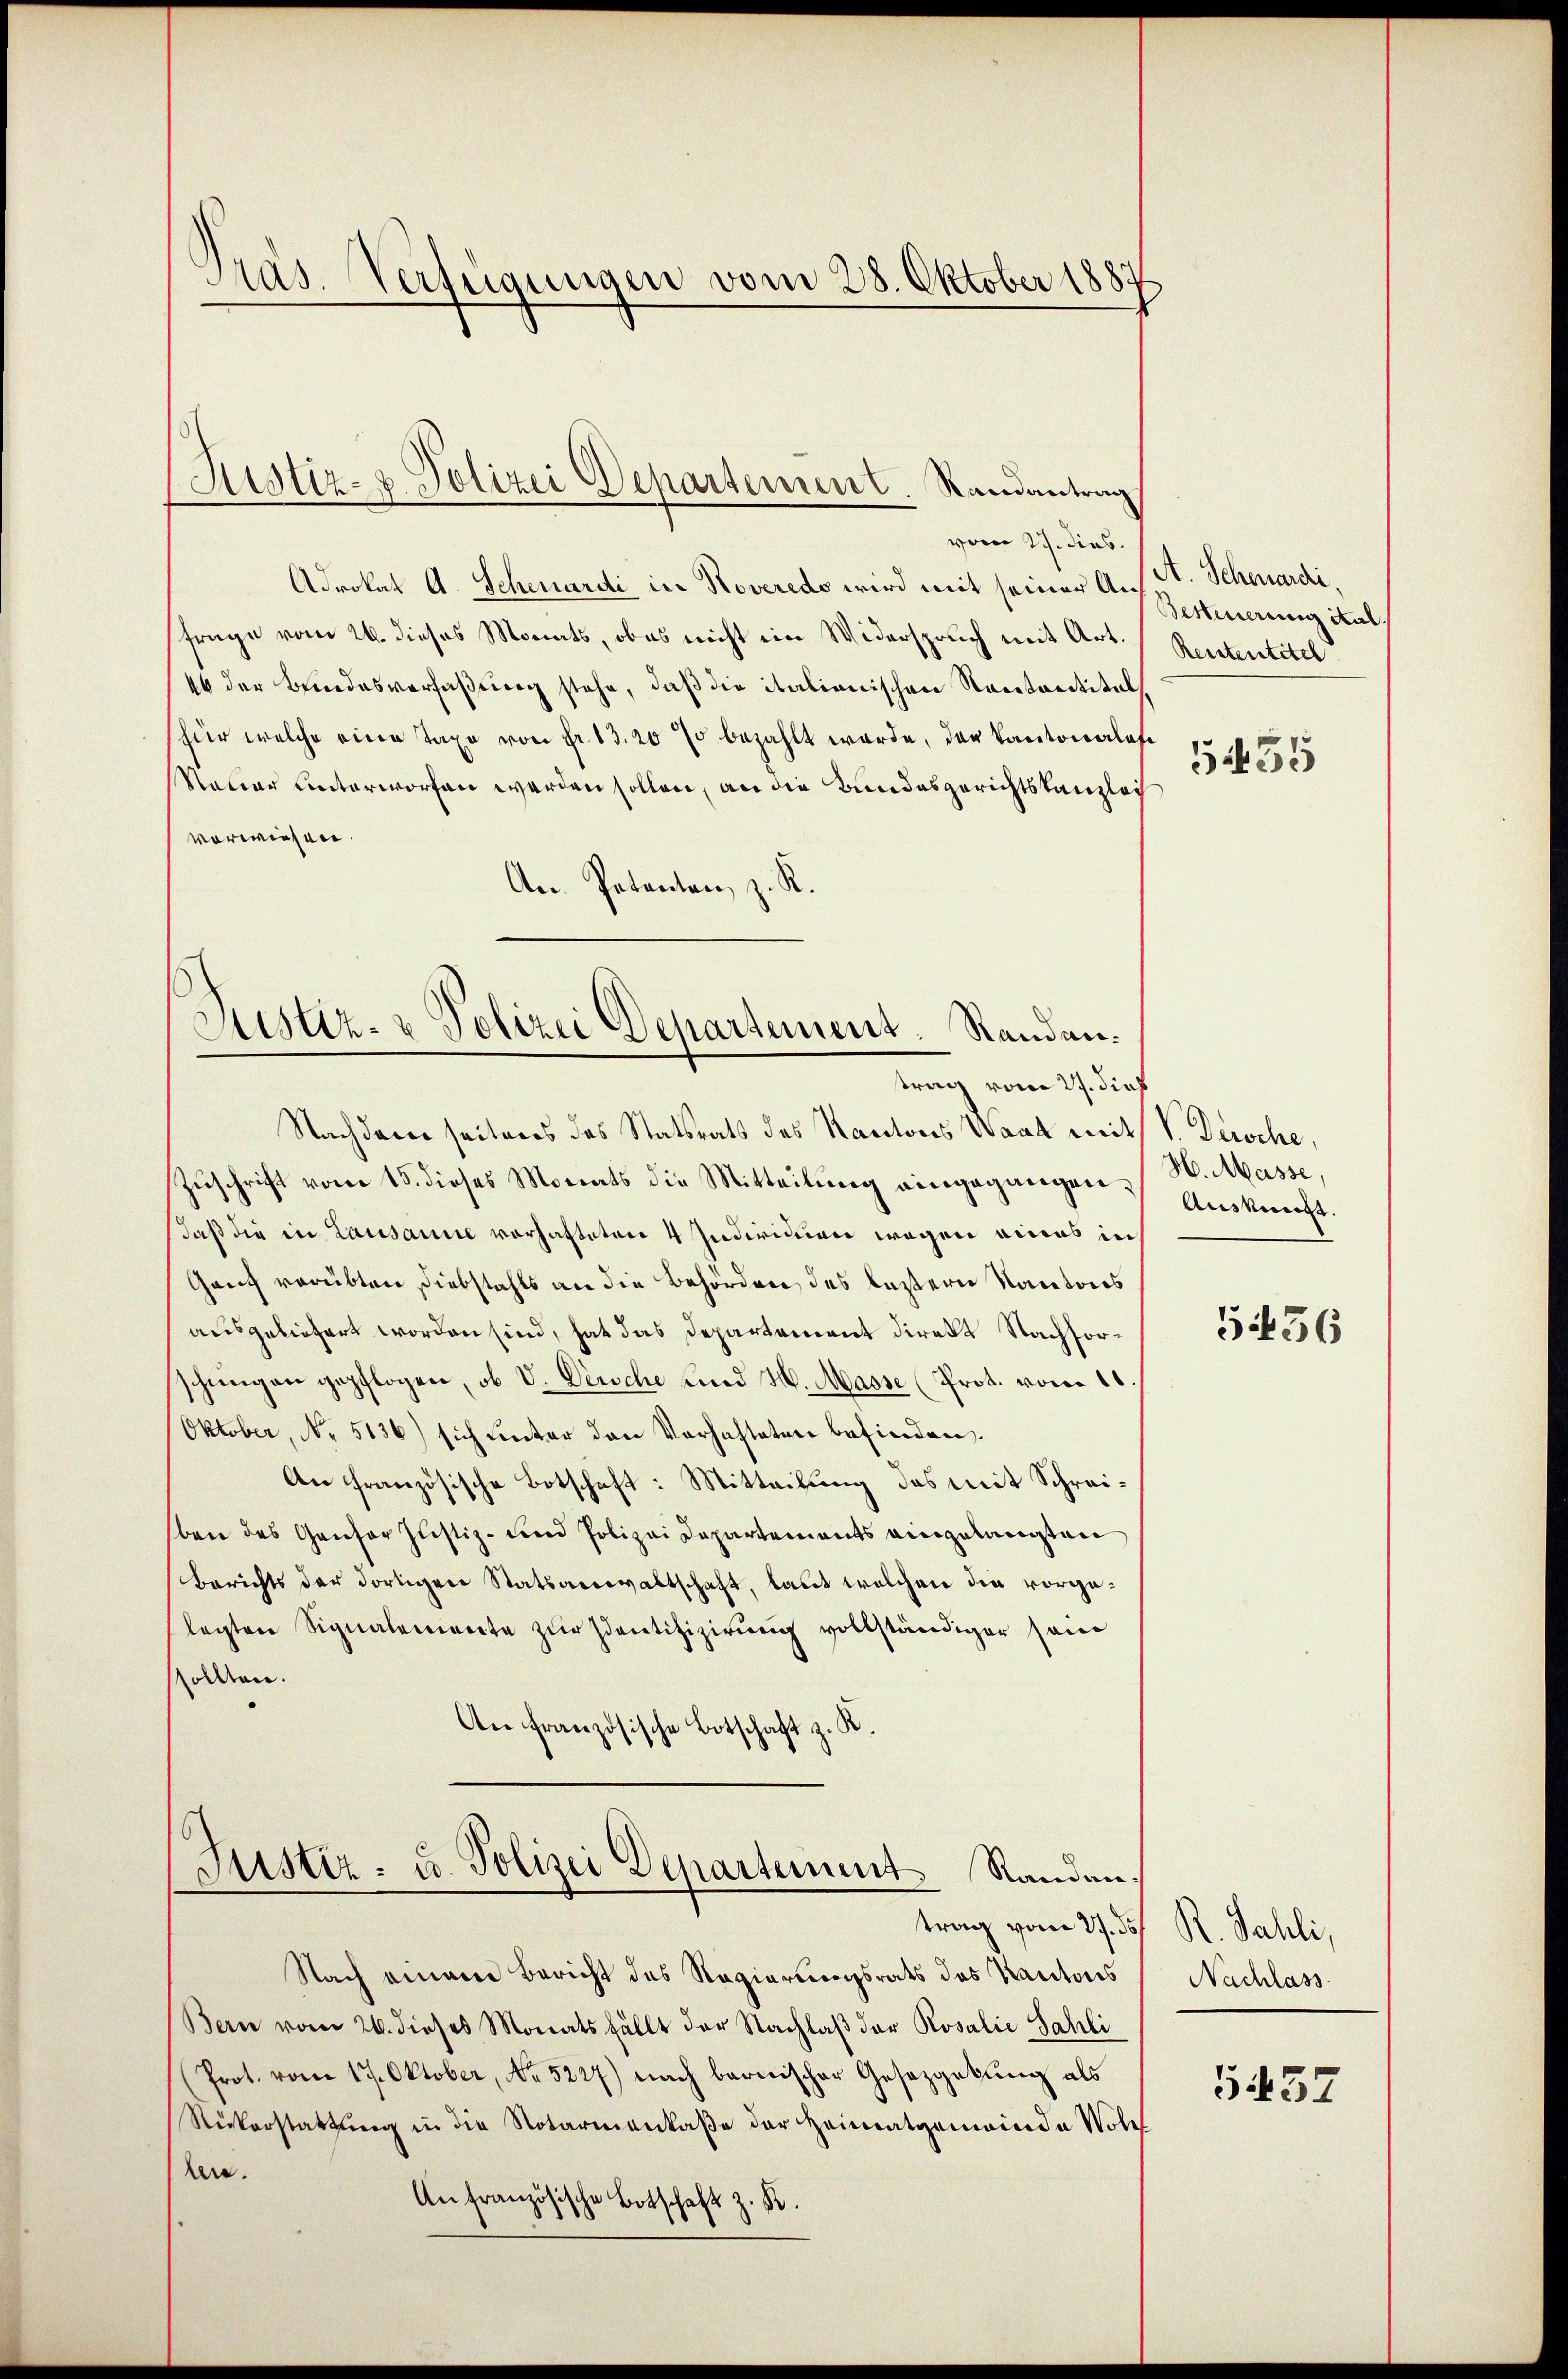
Pras-Verfügungen vom 28. Oktober 1887

Justiz- & Polizei Departement. Randantrag

Justiz- & Polizei Departement. Randantrag vom 27. dieß

vom 21. dies
Adrokat A. Schenardi in Roveredo wird mit seiner An St. Schenardifrage vom 26. dieses Monats, ob es nicht ein Widerspruch mit Art.
46 der Bundesverfaßung stehe, daß die italionischen Rentantitels
für welche eine Taxe von Fr. 13. 20 % bezahlt werde, der Kantonalofe
Nauer unterworfen werden sollen, an die Bundesgerichtskanzleih
verwiesen.
An Patenten z. R.
Nachderer seiteres des Statsrats des Kantons Waad mit V. Derche,
Zuschrift vom 15. dieses Monats die Mitteilung eingegangen Auskunft.
daß die in Lausanne vorhafteten 4 Individum wegen eines in
Ganz verübten Diebstahls an die Behörden des lastern Kantons
ausgeliefert worden sind, hat das Departement direkt Nachforschungen gepflogen, ob V. Persche und H. Masse (Prot. vom 11.
Oktober, No. 5136) sich unter den Verhafteten befinden.
An französische Botschaft: Mitteilung das mit Schreiben des Gantor Justiz- und Polizei Departements eingelangten
Berichts der dortigen Statsanwaltschaft, laut welchen die vorgelegten Signalemente zur Identifizierung vollständiger sein
sollten.
An französische Botschaft z. K.
Justiz- u. Polizei Departement Randantrag vom 27. ds.
Nach einem Bericht des Regierungsrats des Kantons
Bern vom 24. dieses Monatsfällt der Nachlaβ der Rosalie Sahli
Prot. vom 17. Oktober, No 5227) nach bernischer Gesetzgebung als
Rükerstattung in die Notarinenkaße der Heimatgemeinde Wolch
ben.
An französische Botschaft z. B.

Besteuerung Kal
Rententitel
5435

H. Masse,

5436

R. Sahli,
Nachlass

5457